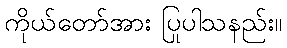
ကိုယ်တော်အား ပြုပါသနည်း။